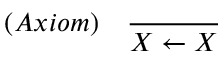
( A x i o m ) \quad { \frac { } { X \leftarrow X } }